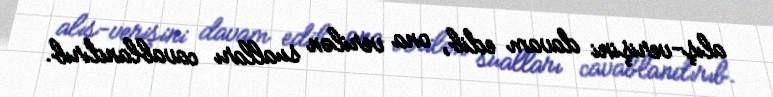
alış-verişini davam edib, ona verilən sualları cavablandırıb.